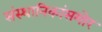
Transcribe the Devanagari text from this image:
संस्थानिकांसमोर